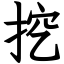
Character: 挖